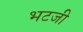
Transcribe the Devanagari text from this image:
भटजी